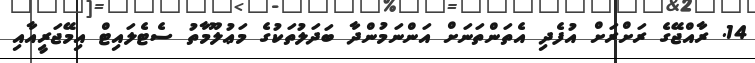
14. ރާއްޖޭގެ ރަށްރަށް އުފެދި އެތަންތަނަށް އަންނަމުންދާ ބަދަލުތަކުގެ މަޢުލޫމާތު ސެޓެލައިޓް އިމޭޖަރީއާއި